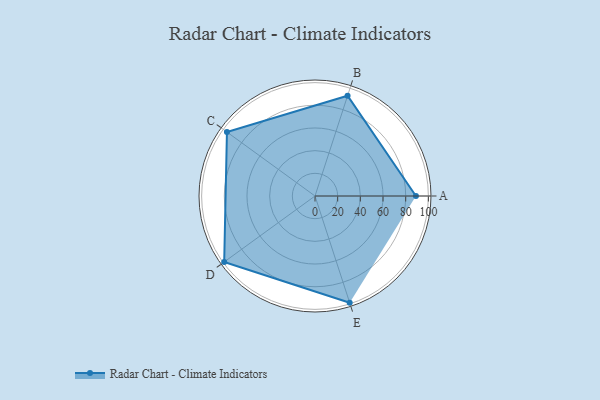
{"axis": {"x": "Skill", "y": "Score"}, "legend": ["Profile"], "data": [{"x": "A", "y": 89.0, "type": "Profile"}, {"x": "B", "y": 93.0, "type": "Profile"}, {"x": "C", "y": 96.0, "type": "Profile"}, {"x": "D", "y": 99, "type": "Profile"}, {"x": "E", "y": 99, "type": "Profile"}]}